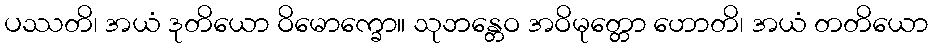
ပဿတိ၊ အယံ ဒုတိယော ဝိမောက္ခော။ သုဘန္တေဝ အဝိမုတ္တော ဟောတိ၊ အယံ တတိယော